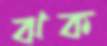
ঝক